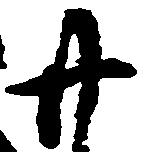
廿